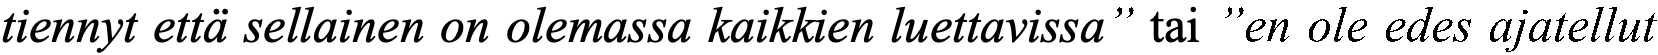
tiennyt että sellainen on olemassa kaikkien luettavissa” tai ”en ole edes ajatellut